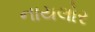
નાયલોર